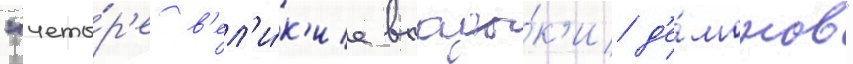
"четы́р'е в'ел'и́к'ие влады́к'и д'е́монов"